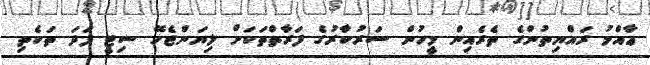
ޢާއްމު ރައްޔިތުންގެ ތެރެއިން މީހުން ސަރުކާރުގެ ފަރާތްތަކަށް ލިޔަންޖެހޭ ސިޓީ ފަދަ ތަކެތި